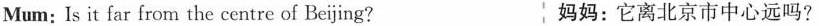
Mum: Is it far from the centre of Beijing? 妈妈：它离北京市中心远吗？